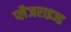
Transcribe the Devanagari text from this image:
प्लैजराइज्ड